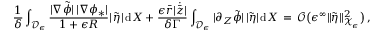
\frac { 1 } { \delta } \int _ { \mathcal { D } _ { \epsilon } } \frac { | \nabla \tilde { \phi } | \, | \nabla \phi _ { * } | } { 1 + \epsilon R } | \, \tilde { \eta } | \, \mathrm { d } X + \frac { \epsilon \bar { r } | \dot { \bar { z } } | } { \delta \Gamma } \int _ { \mathcal { D } _ { \epsilon } } | \partial _ { Z } \tilde { \phi } | \, | \tilde { \eta } | \, \mathrm { d } X \, = \, \mathcal { O } \bigl ( \epsilon ^ { \infty } \| \tilde { \eta } \| _ { \mathcal { X } _ { \epsilon } } ^ { 2 } \bigr ) \, ,